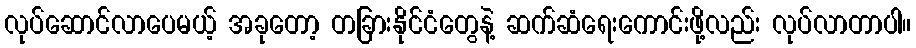
လုပ်ဆောင်လာပေမယ့် အခုတော့ တခြားနိုင်ငံတွေနဲ့ ဆက်ဆံရေးကောင်းဖို့လည်း လုပ်လာတာပါ။